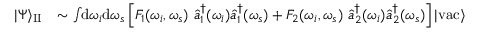
\begin{array} { r l } { | \Psi \rangle _ { \mathrm { I I } } } & { \sim \int \! \! \mathrm { d } \omega _ { i } \mathrm { d } \omega _ { s } \left[ F _ { 1 } ( \omega _ { i } , \omega _ { s } ) \, \, \hat { a } _ { 1 } ^ { \dagger } ( \omega _ { i } ) \hat { a } _ { 1 } ^ { \dagger } ( \omega _ { s } ) + F _ { 2 } ( \omega _ { i } , \omega _ { s } ) \, \, \hat { a } _ { 2 } ^ { \dagger } ( \omega _ { i } ) \hat { a } _ { 2 } ^ { \dagger } ( \omega _ { s } ) \right] | \mathrm { v a c } \rangle } \end{array}